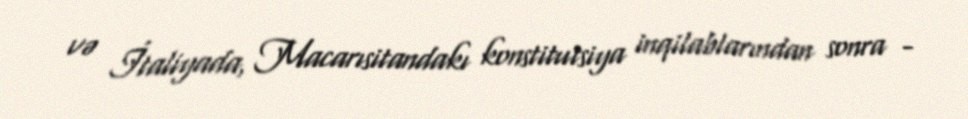
və İtaliyada, Macarısitandakı konstitutsiya inqilablarından sonra -